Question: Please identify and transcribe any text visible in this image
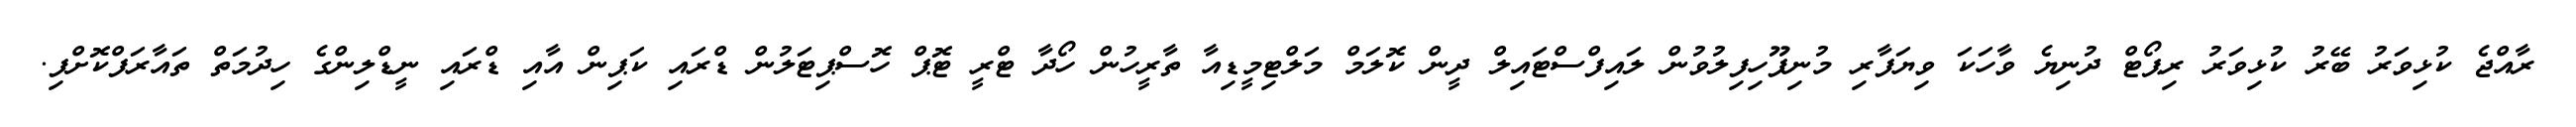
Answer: ރާއްޖެ ކުޅިވަރު ބޭރު ކުޅިވަރު ރިޕޯޓް ދުނިޔެ ވާހަކަ ވިޔަފާރި މުނިފޫހިފިލުވުން ލައިފްސްޓައިލް ދީން ކޮލަމް މަލްޓިމީޑިއާ ތާރީހުން ހޯދާ ޓްރީ ޓޮޕް ހޮސްޕިޓަލުން ޑްރައި ކަޕިން އާއި ޑްރައި ނީޑްލިންގެ ހިދުމަތް ތައާރަފްކޮށްފި.